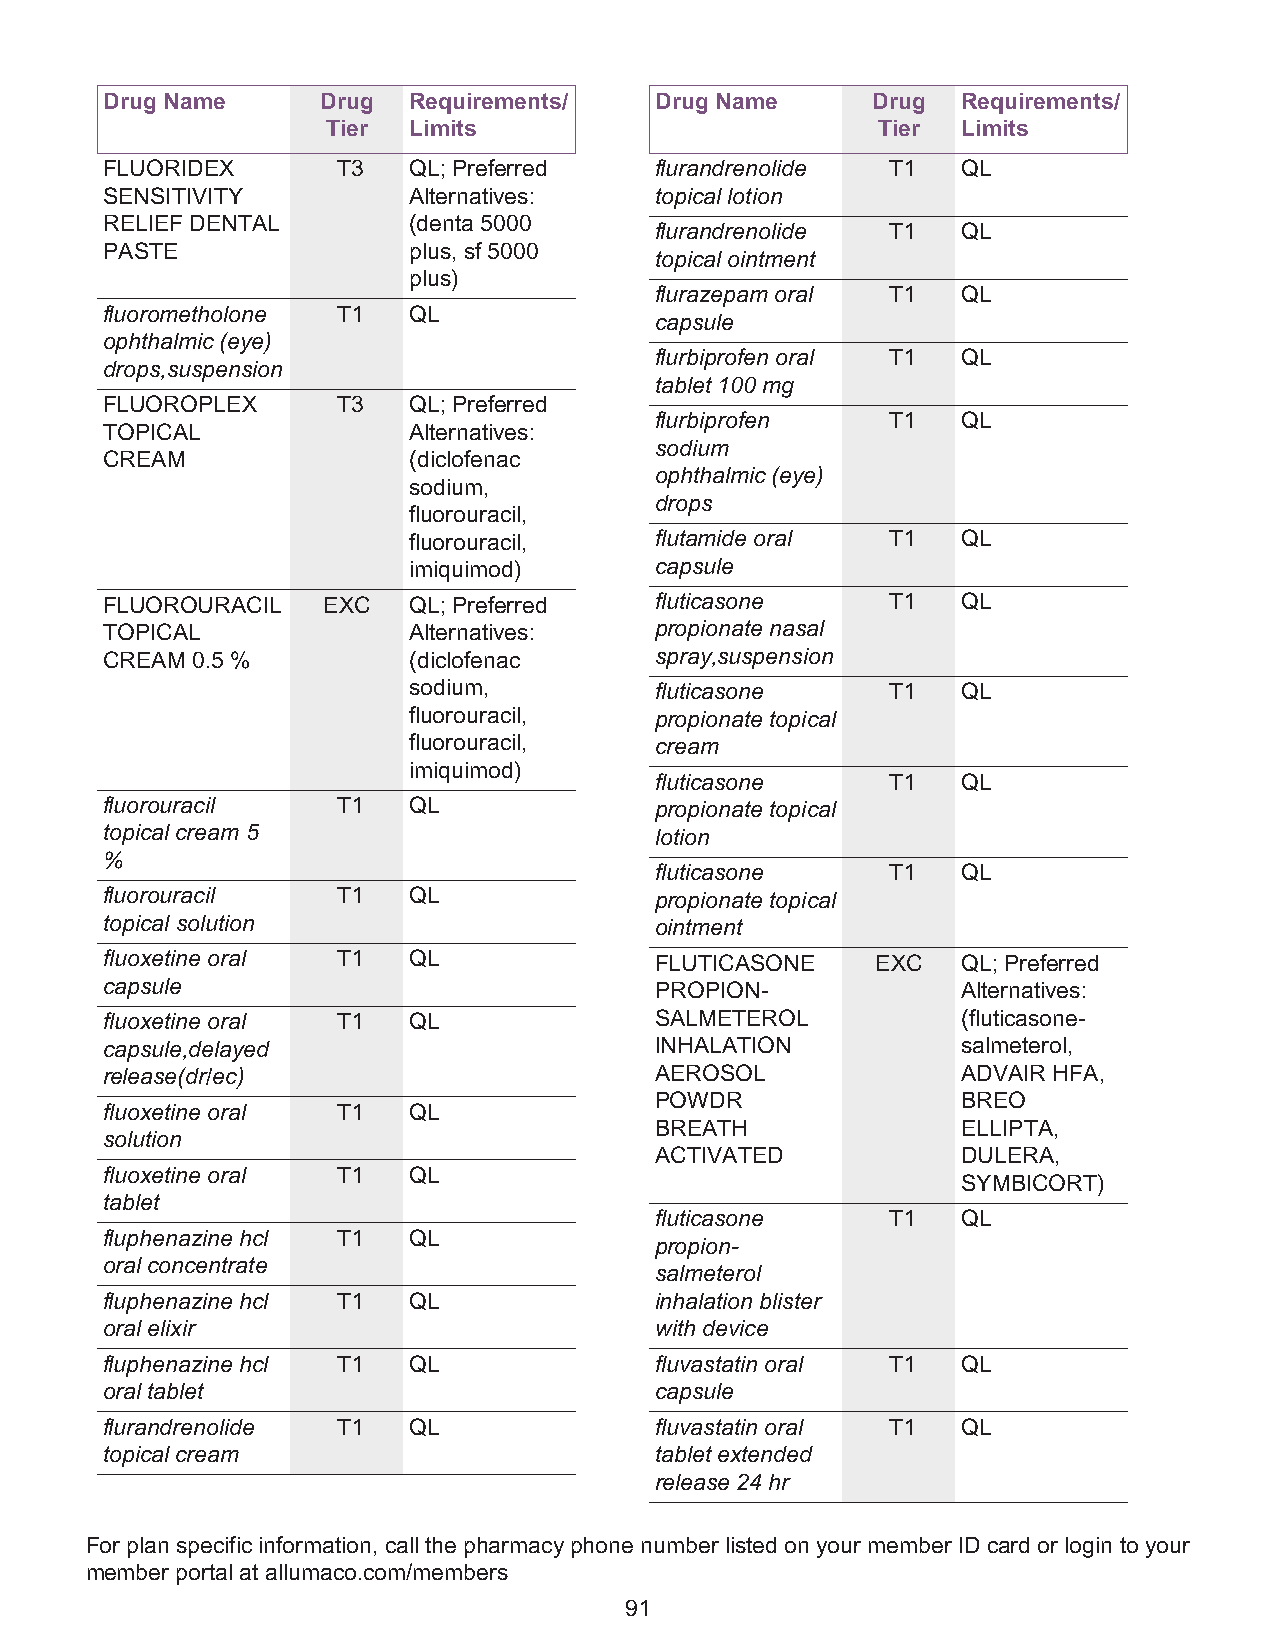
Drug Name     Drug  Requirements/   Drug Name      Drug  Requirements/
 Tier Limits                         Tier  Limits
 FLUORIDEX      T3   QL; Preferred   flurandrenolide T1   QL
 SENSITIVITY         Alternatives:   topical lotion
 RELIEF DENTAL       (denta 5000
 flurandrenolide T1   QL
 PASTE               plus, sf 5000
 topical ointment
 plus)
 flurazepam oral T1   QL
 fluorometholone T1  QL
 capsule
 ophthalmic (eye)
 flurbiprofen oral T1 QL
 drops,suspension
 tablet 100 mg
 FLUOROPLEX     T3   QL; Preferred
 flurbiprofen    T1   QL
 TOPICAL             Alternatives:
 sodium
 CREAM               (diclofenac
 ophthalmic (eye)
 sodium,
 drops
 fluorouracil,
 fluorouracil,   flutamide oral  T1   QL
 imiquimod)      capsule
 FLUOROURACIL  EXC   QL; Preferred   fluticasone     T1   QL
 TOPICAL             Alternatives:   propionate nasal
 CREAM 0.5 %         (diclofenac     spray,suspension
 sodium,         fluticasone     T1   QL
 fluorouracil,   propionate topical
 fluorouracil,   cream
 imiquimod)
 fluticasone     T1   QL
 fluorouracil   T1   QL              propionate topical
 topical cream 5                     lotion
 %
 fluticasone     T1   QL
 fluorouracil   T1   QL              propionate topical
 topical solution                    ointment
 fluoxetine oral T1  QL              FLUTICASONE    EXC   QL; Preferred
 capsule                             PROPION-             Alternatives:
 fluoxetine oral T1  QL              SALMETEROL           (fluticasone-
 capsule,delayed                     INHALATION           salmeterol,
 release(dr/ec)                      AEROSOL              ADVAIR HFA,
 POWDR                BREO
 fluoxetine oral T1  QL
 BREATH               ELLIPTA,
 solution
 ACTIVATED            DULERA,
 fluoxetine oral T1  QL
 SYMBICORT)
 tablet
 fluticasone     T1   QL
 fluphenazine hcl T1 QL
 propion-
 oral concentrate
 salmeterol
 fluphenazine hcl T1 QL              inhalation blister
 oral elixir                         with device
 fluphenazine hcl T1 QL              fluvastatin oral T1  QL
 oral tablet                         capsule
 flurandrenolide T1  QL              fluvastatin oral T1  QL
 topical cream                       tablet extended
 release 24 hr
 For plan specific information, call the pharmacy phone number listed on your member ID card or login to your
 member portal at allumaco.com/members
 91